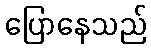
ပြောနေသည်